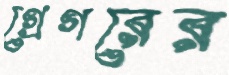
গ্রেগরের